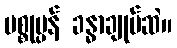
ပစ္စုပ္ပန် ခန္ဓာချုပ်ဆဲ။